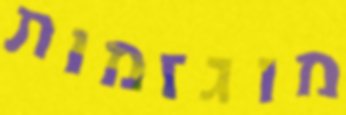
מוגזמות